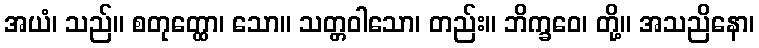
အယံ၊ သည်။ စတုတ္ထော၊ သော။ သတ္တဝါသော၊ တည်း။ ဘိက္ခဝေ၊ တို့။ အသညိနော၊